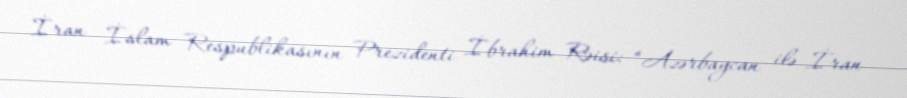
İran İslam Respublikasının Prezidenti İbrahim Rəisi: “Azərbaycan ilə İran